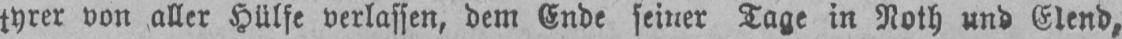
tyrer von aller Hülfe verlassen, dem Ende seiner Tage in Noth und Elend,